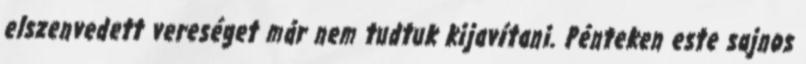
elszenvedett vereséget már nem tudtuk kijavítani. Pénteken este sajnos